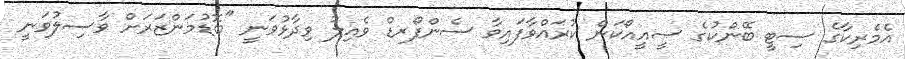
އެމެރިކާގެ ސިޓީ ބޭންކުގެ ސީއީއޯކަން ކުރައްވާފައިވާ ސެންފޯރޑް ވެއިލު ވިދާޅުވަނީ "ބޮޑުމަންޒަރަށް ވާސިލުވަނީ